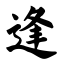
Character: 逢